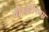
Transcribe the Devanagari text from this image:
पीस्कीनियस